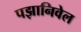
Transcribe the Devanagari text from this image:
पझानिवेल